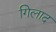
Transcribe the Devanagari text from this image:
गिलाद